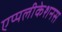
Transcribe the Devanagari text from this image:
एप्पलीकेशनस